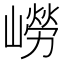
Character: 嶗